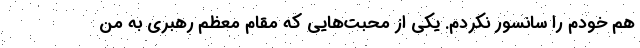
هم خودم را سانسور نکردم. یکی از محبت‌هایی که مقام معظم رهبری به من